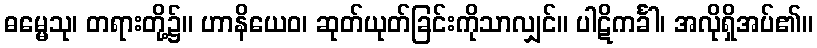
ဓမ္မေသု၊ တရားတို့၌။ ဟာနိယေဝ၊ ဆုတ်ယုတ်ခြင်းကိုသာလျှင်။ ပါဋိကင်္ခါ၊ အလိုရှိအပ်၏။